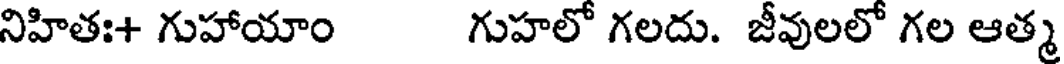
నిహితః+ గుహాయాం గుహలో గలదు. జీవులలో గల ఆత్మ